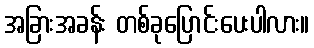
အခြားအခန်း တစ်ခုပြောင်းပေးပါလား။